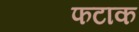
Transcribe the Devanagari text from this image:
फटाक